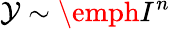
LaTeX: \mathcal{Y}\sim\emph{I}^{n}